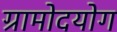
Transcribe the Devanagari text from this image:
ग्रामोदयोग